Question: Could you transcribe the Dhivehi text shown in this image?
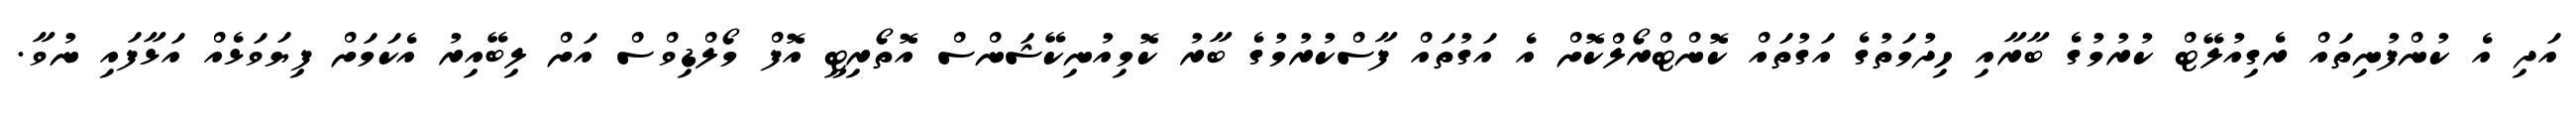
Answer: އަދި އެ ކުންފުނިތައް ރެގިއުލޭޓް ކުރުމުގެ ބާރާއި ހިދުމަތުގެ އަގުތައް ކޮންޓްރޯލްކޮށް އެ އަގުތައް ފާސްކުރުމުގެ ބާރު ކޮމިއުނިކޭޝަންސް އޮތޯރިޓީ އޮފް މޯލްޑިވްސް އަށް ލިބޭއިރު އެކަމަށް ފިޔަވަޅެއް އަޅާފައި ނުވާ.